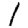
Digit: 1